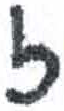
אות: ז